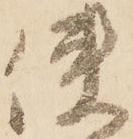
使